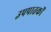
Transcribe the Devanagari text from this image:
उपपातकों